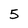
Character: 5